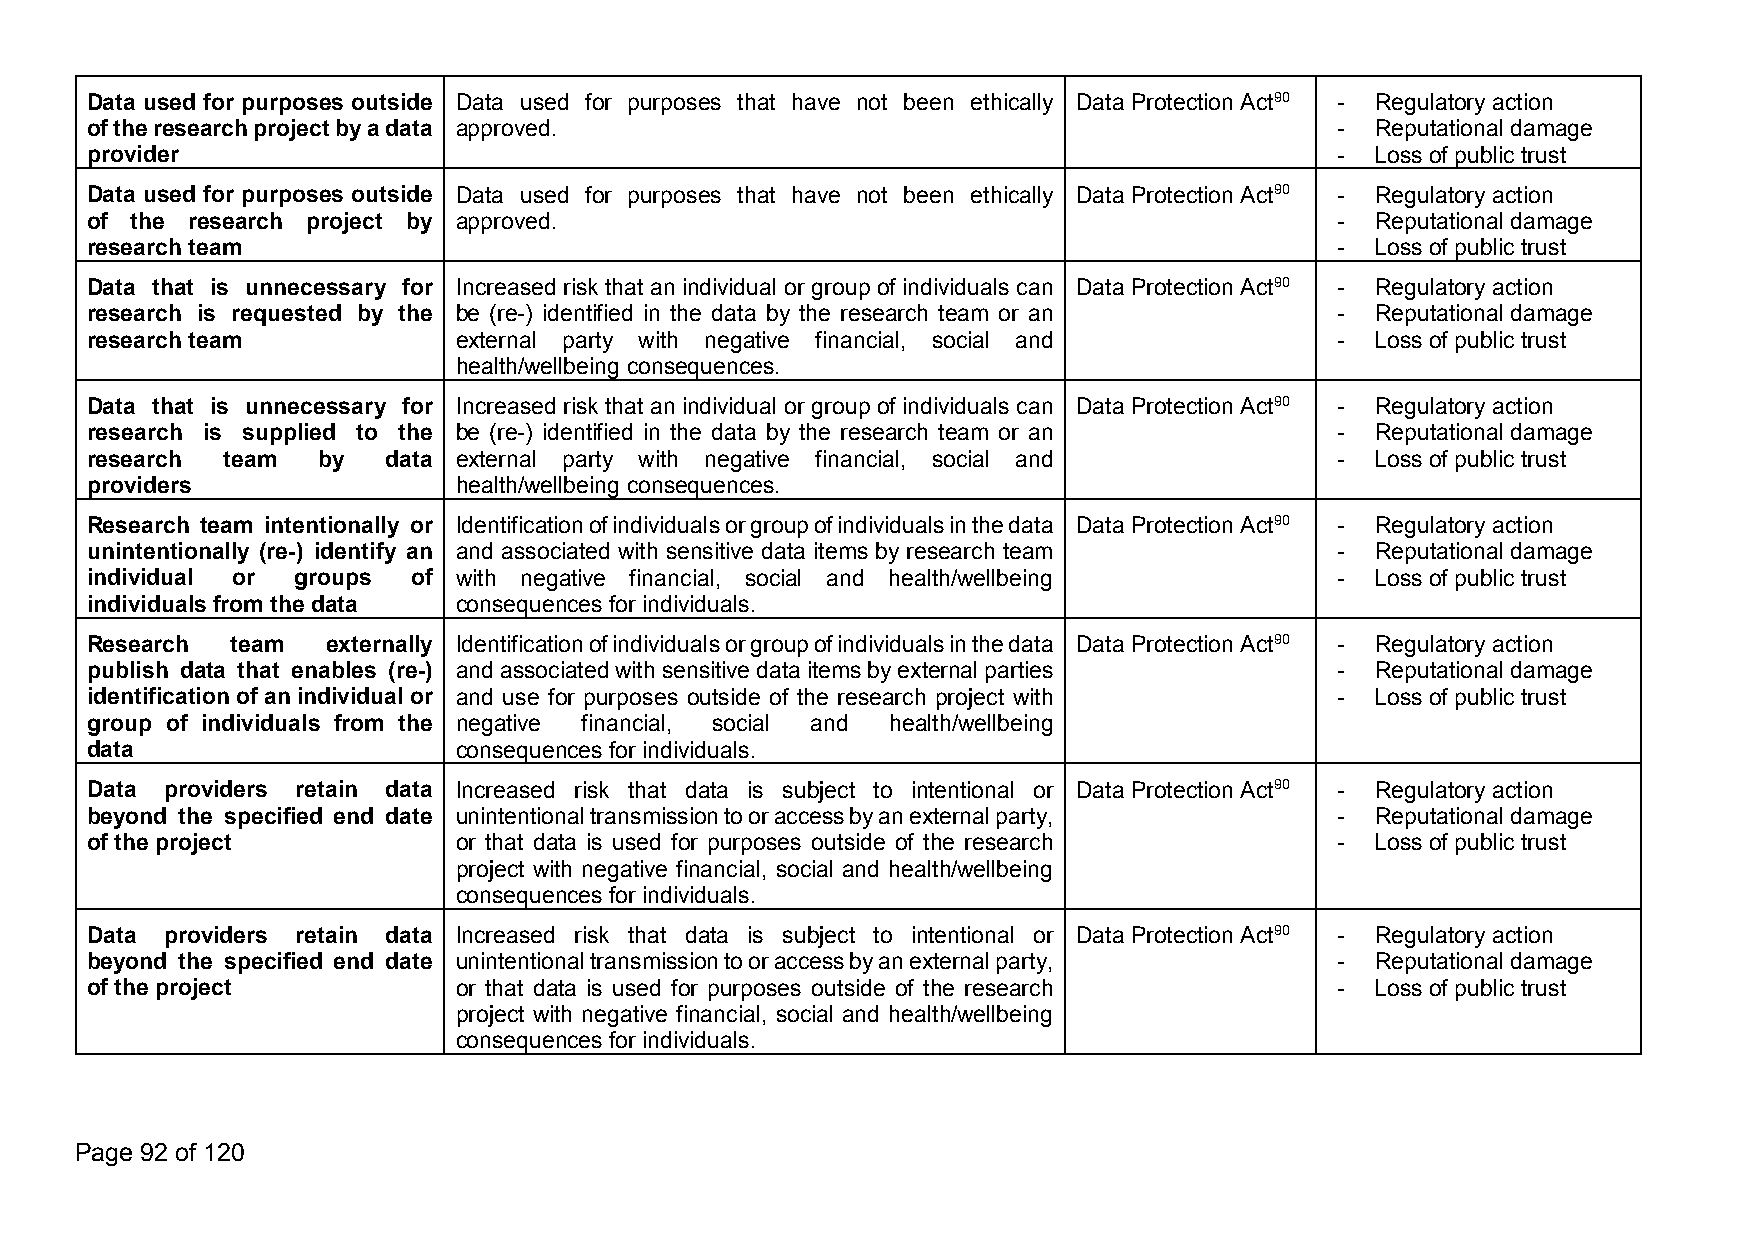
Data used for purposes outside Data used for purposes that have not been ethically Data ProtectionAct90 - Regulatoryaction
 oftheresearchprojectbyadata approved.                                              - Reputational damage
 provider                                                                           - Loss of public trust
 Data used for purposes outside Data used for purposes that have not been ethically Data ProtectionAct90 - Regulatoryaction
 of the research project by approved.                                               - Reputational damage
 researchteam                                                                       - Loss of public trust
 Data that is unnecessary for Increased risk that an individual or group of individuals can Data ProtectionAct90 - Regulatoryaction
 research is requested by the be (re-) identified in the data by the research team or an - Reputational damage
 researchteam            external party with negative financial, social and         - Loss of public trust
 health/wellbeing consequences.
 Data that is unnecessary for Increased risk that an individual or group of individuals can Data ProtectionAct90 - Regulatoryaction
 research is supplied to the be (re-) identified in the data by the research team or an - Reputational damage
 research team  by   data external party with negative financial, social and        - Loss of public trust
 providers               health/wellbeing consequences.
 Research team intentionally or Identificationofindividualsorgroupofindividualsinthedata Data ProtectionAct90 - Regulatoryaction
 unintentionally (re-) identify an and associated with sensitive data items by research team - Reputational damage
 individual or groups of with negative financial, social and health/wellbeing       - Loss of public trust
 individualsfrom thedata consequencesfor individuals.
 Research team   externally Identificationofindividualsorgroupofindividualsinthedata Data ProtectionAct90 - Regulatoryaction
 publish data that enables (re-) andassociatedwithsensitivedataitemsbyexternalparties - Reputational damage
 identification of anindividual or and use for purposes outside of the research project with - Loss of public trust
 group of individuals from the negative financial, social and health/wellbeing
 data                    consequencesfor individuals.
 Data providers retain data Increased risk that data is subject to intentional or Data ProtectionAct90 - Regulatoryaction
 beyond the specified end date unintentionaltransmissiontooraccessbyanexternalparty, - Reputational damage
 of theproject           or that data is used for purposes outside of the research  - Loss of public trust
 project with negative financial, social and health/wellbeing
 consequencesfor individuals.
 Data providers retain data Increased risk that data is subject to intentional or Data ProtectionAct90 - Regulatoryaction
 beyond the specified end date unintentionaltransmissiontooraccessbyanexternalparty, - Reputational damage
 of theproject           or that data is used for purposes outside of the research  - Loss of public trust
 project with negative financial, social and health/wellbeing
 consequencesfor individuals.
 Page 92 of 120